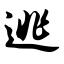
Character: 逃